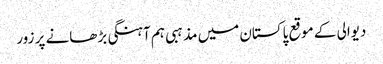
دیوالی کے موقع پاکستان میں مذہبی ہم آہنگی بڑھانے پر زور